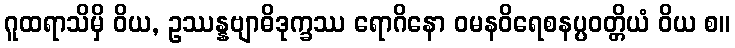
ဂူထရာသိမှိ ဝိယ, ဥဿန္နဗျာဓိဒုက္ခဿ ရောဂိနော ဝမနဝိရေစနပ္ပဝတ္တိယံ ဝိယ စ။